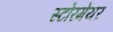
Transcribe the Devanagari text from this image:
स्टोरमेयर